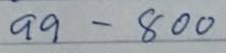
99 - 800